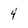
Character: 4